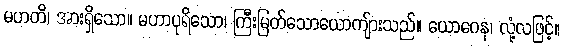
မဟတိ၊ အားရှိသော။ မဟာပုရိသော၊ ကြီးမြတ်သောယောကျ်ားသည်။ ယောဂေန၊ လုံ့လဖြင့်။